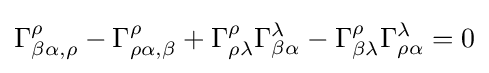
{\Gamma _{\beta \alpha ,\rho }^{\rho }}-\Gamma _{\rho \alpha ,\beta }^{\rho }+\Gamma _{\rho \lambda }^{\rho }\Gamma _{\beta \alpha }^{\lambda }-\Gamma _{\beta \lambda }^{\rho }\Gamma _{\rho \alpha }^{\lambda }=0